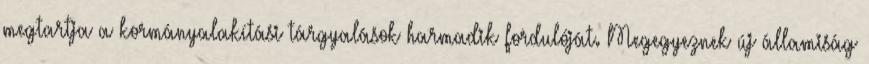
megtartja a kormányalakítási tárgyalások harmadik fordulóját. Megegyeznek új államiság